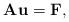
LaTeX: \begin{align*}\mathbf{A} \mathbf{u}= \mathbf{F}, \end{align*}